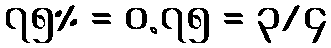
၇၅% = ၀.၇၅ = ၃/၄